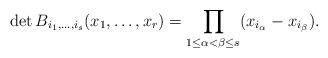
LaTeX: \begin{align*} \det B_{i_1, \dots, i_s}(x_1, \dots, x_r) = \prod_{1 \leq \alpha < \beta \leq s} (x_{i_\alpha} - x_{i_\beta}). \end{align*}